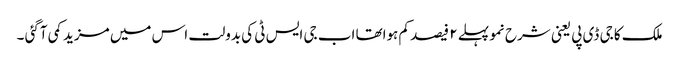
ملک کا جی ڈی پی یعنی شرح نمو پہلے ۲ فیصد کم ہواتھا اب جی ایس ٹی کی بدولت اس میں مزید کمی آگئی ۔